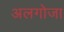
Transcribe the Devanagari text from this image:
अलगोजा